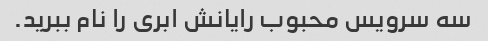
سه سرویس محبوب رایانش ابری را نام ببرید.